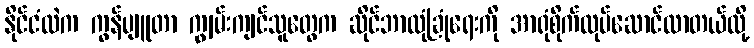
နိုင်ငံထဲက ကွန်ပျူတာ ကျွမ်းကျင်သူတွေက ဆိုင်ဘာလုံခြုံရေးကို အာရုံစိုက်လုပ်ဆောင်လာတယ်လို့